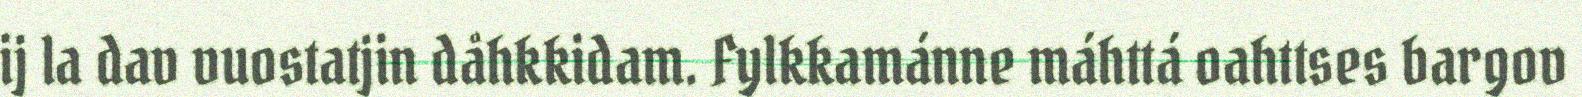
ij la dav vuostatjin dåhkkidam. Fylkkamánne máhttá oahttses bargov